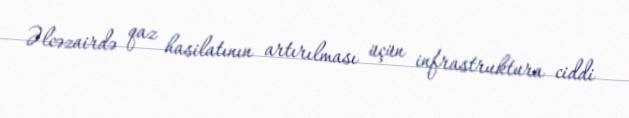
Əlcəzairdə qaz hasilatının artırılması üçün infrastruktura ciddi